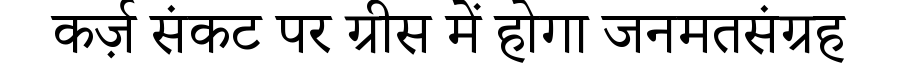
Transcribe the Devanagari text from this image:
कर्ज़ संकट पर ग्रीस में होगा जनमतसंग्रह